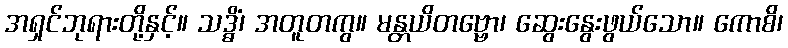
အရှင်ဘုရားတို့နှင့်။ သဒ္ဓိံ၊ အတူတကွ။ မန္တယိတဗ္ဗော၊ ဆွေးနွေးဖွယ်သော။ ကောစိ၊